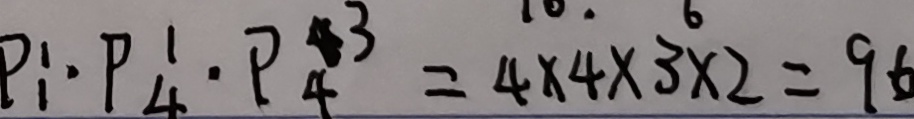
P _ { 1 } ^ { 1 } \cdot P _ { 4 } ^ { 1 } \cdot P _ { 4 } ^ { 3 } = 4 \times 4 \times 3 \times 2 = 9 6